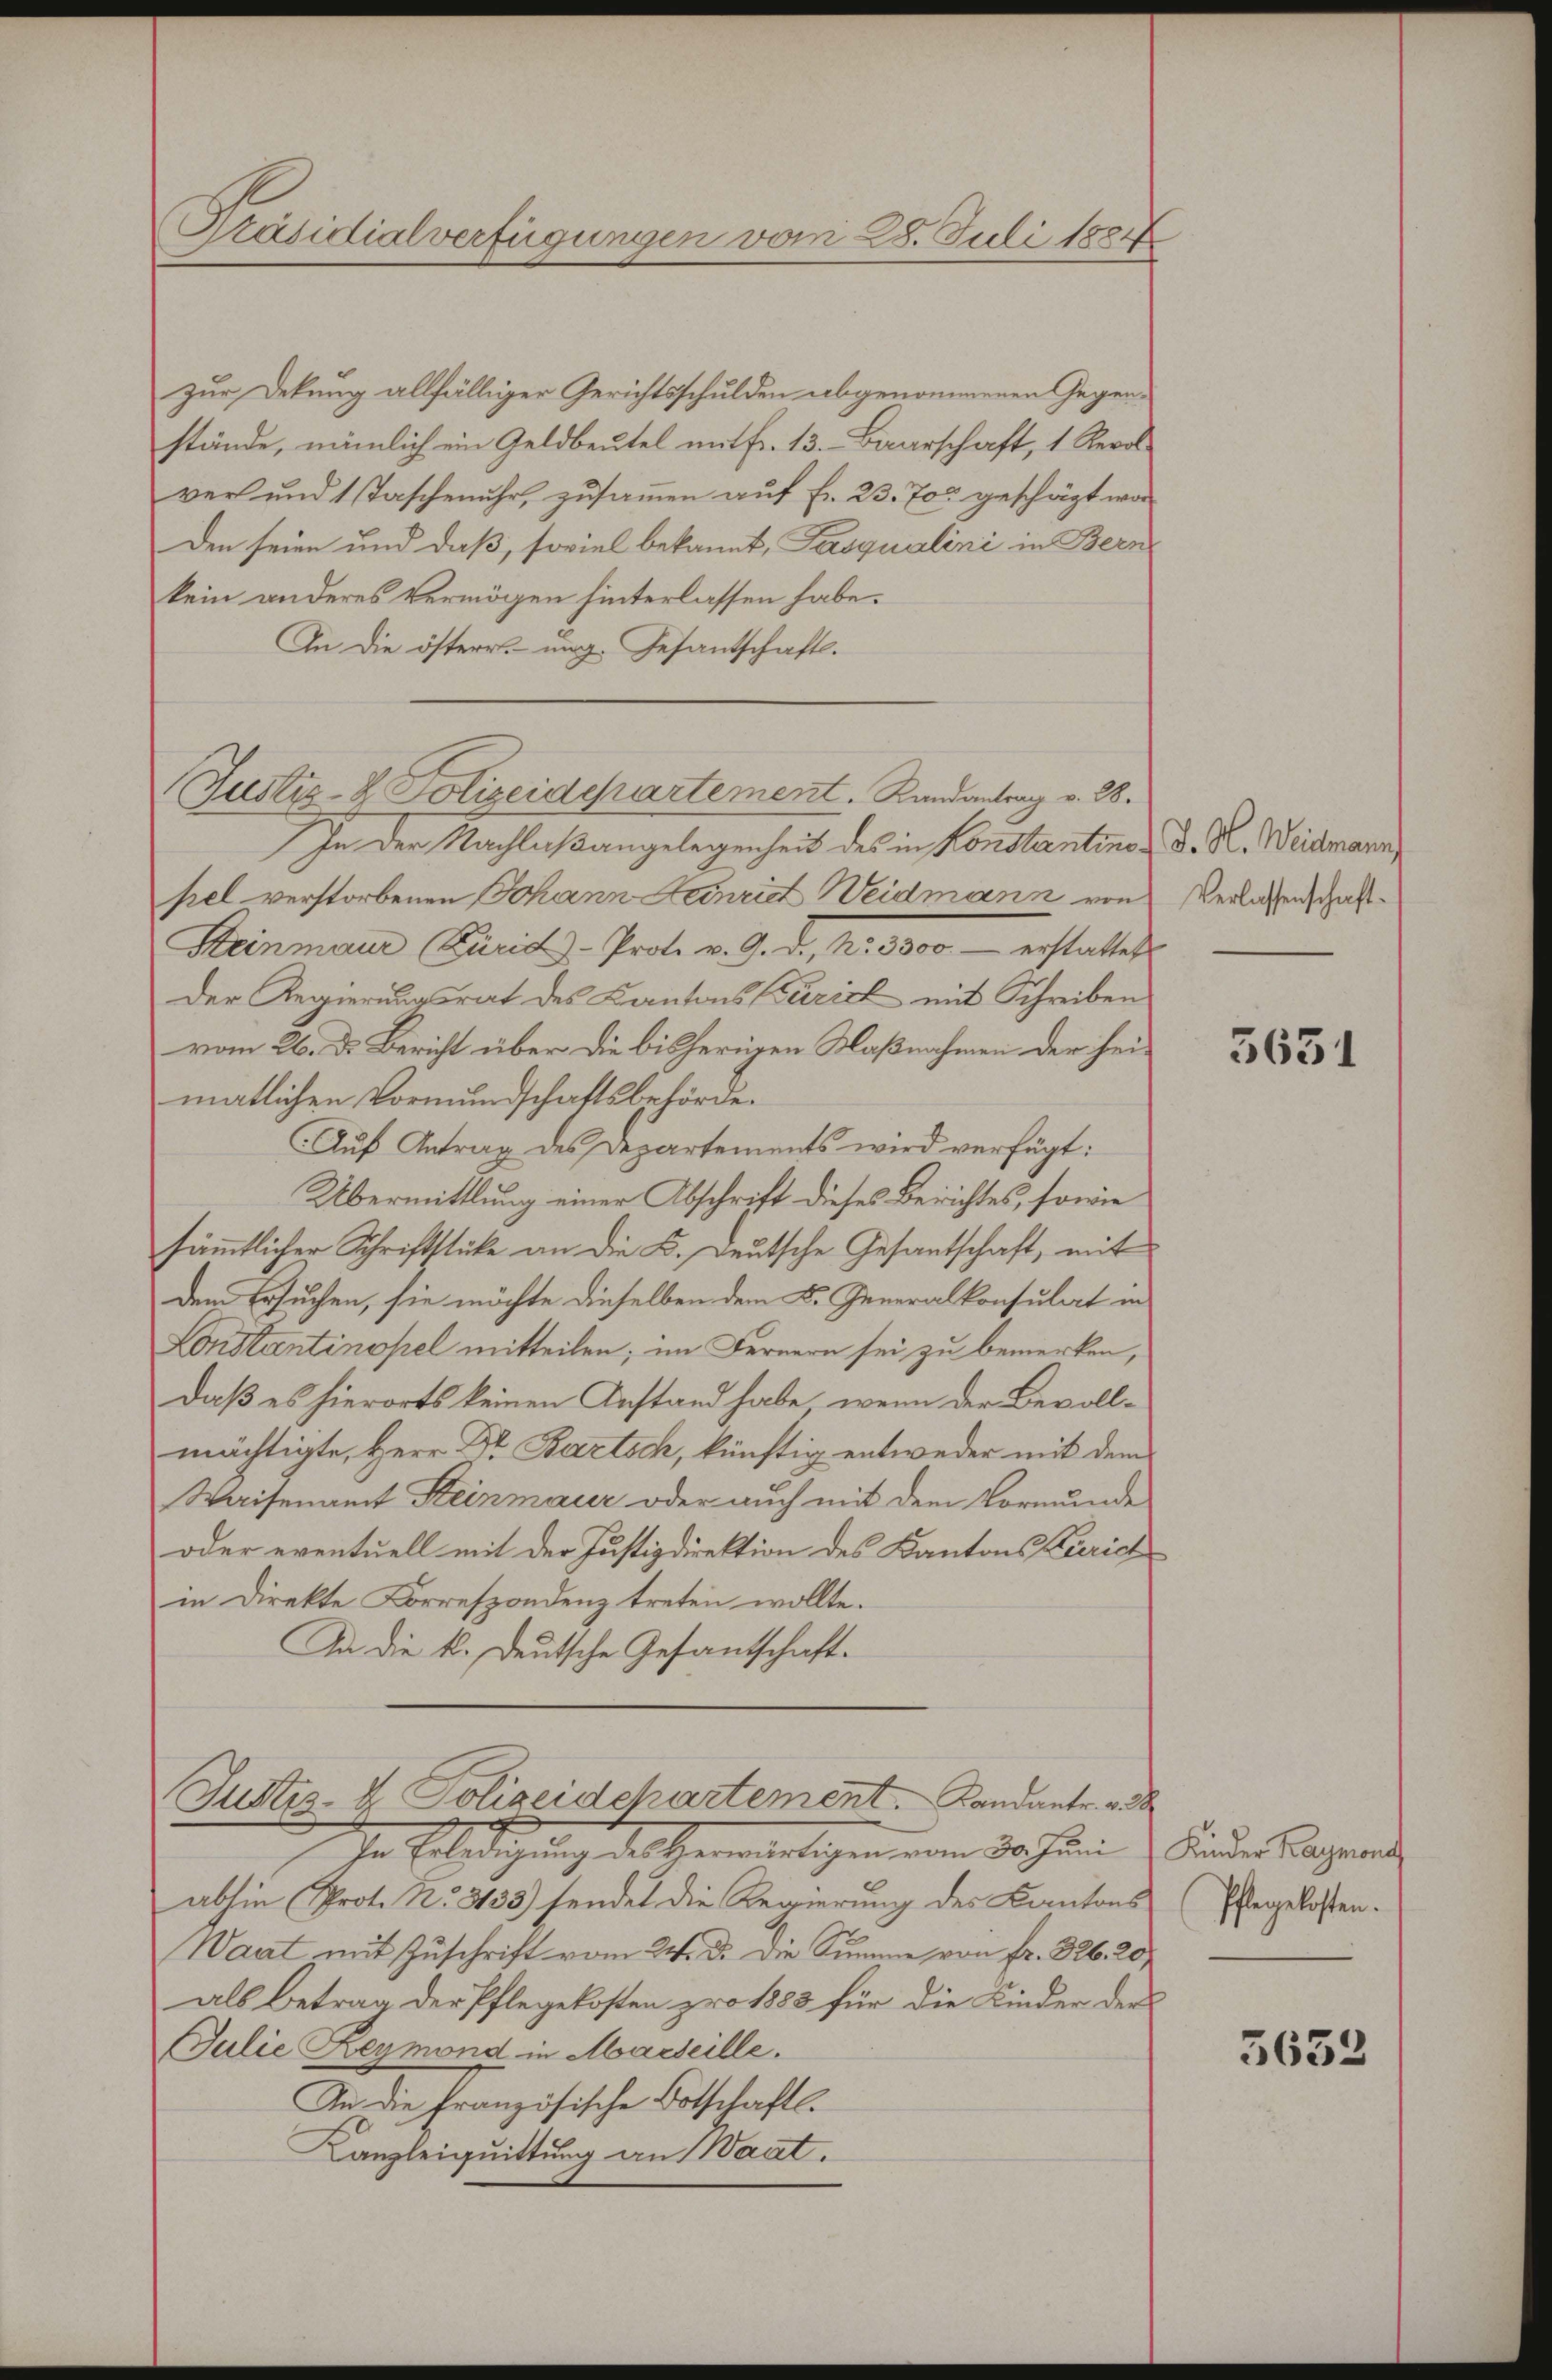
Präsidialverfügungen vom 28. Juli 1884

zur Dekung allfälliger Gerichtsschulden abgenommenen Gegenstände, nämlich ein Geldbeutel mit fr. 13. Baarschaft, 1 Revol
ver und 1 Taschenuhr, zusammen aŭf Fr. 23. 70 geschäft wor
Den seien und daß, soviel bekannt, Pasqualini in Bern
kein anderes Vermögen hinterlassen habe.
An die österr. ung. Gesantschaft.
Justiz- & Polizeidepartement. Randantrag v. 28.
In der Nachlaßangelegenheit des in Konstantino d. R. Weidmann
sel verstorbenen Johann Heinrich Weidmann von
Steinmann Parid-Prot. v. 9. d. 4. 8000.- erstattet
Der Regierungsrat des Kantons Beziel mit Schreiben
vom 26. d. Bericht über die bisherigen Maßnahmen der heimatlichen Vormundschaftsbehörde.
Auf Antrag des Departements wird verfügt:
Übermittlung einer Abschrift dieses Berichtes, sowie
sämmtlicher Schriftstücke an die K. Deutsche Gesantschaft, mit
dem Ersuchen, sie möchte dieselben dem K. Generalkonsulat in
Lonstantinopel mitteilen; im Fernern sei zu bemerken,
daß es hierorts keinen Anstand habe, wenn der Bevollmächtigte, Herr Dr. Bartsch, künftig entweder mit dem
Waisenamt Steinmaur oder auch mit dem Vormunde
oder eventuell mit der Justizdirektion des Kantons Zürich
in Direkte Korrespondenz treten wollte.
In die k. Deutsche Gesantschaft.
Justiz- & Polizeidchartement. Kandanter.
In Erledigung des Hermaligen vom 30. Juni u. Kinder Tagend
abhin (Prot. N. 3133) sendet die Regierung des Kantons
Waat mit Zuschrift vom 24. d. die Summe von Fr. 326. 207
als Betrag der Pflegekosten pro 1883 für die Kinder der
Julie Reymond in Marseille.
An die französische Botschaftl.
Kanzleiquittung an Waat.

Verlassenschaft

3631

Pflegekosten.

3652